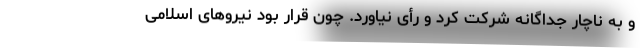
و به ناچار جداگانه شرکت کرد و رأی نیاورد. چون قرار بود نیروهای اسلامی